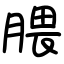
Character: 腲